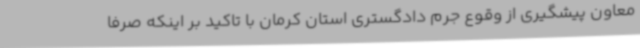
معاون پیشگیری از وقوع جرم دادگستری استان کرمان با تاکید بر اینکه صرفا